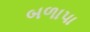
બળાપા